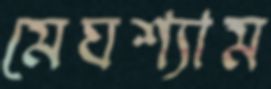
মেঘশ্যাম